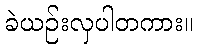
ခဲယဉ်းလှပါတကား။